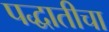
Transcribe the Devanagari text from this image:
पद्धातीचा